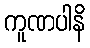
ကူဏပါနိ